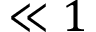
\ll 1